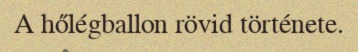
A hőlégballon rövid története.